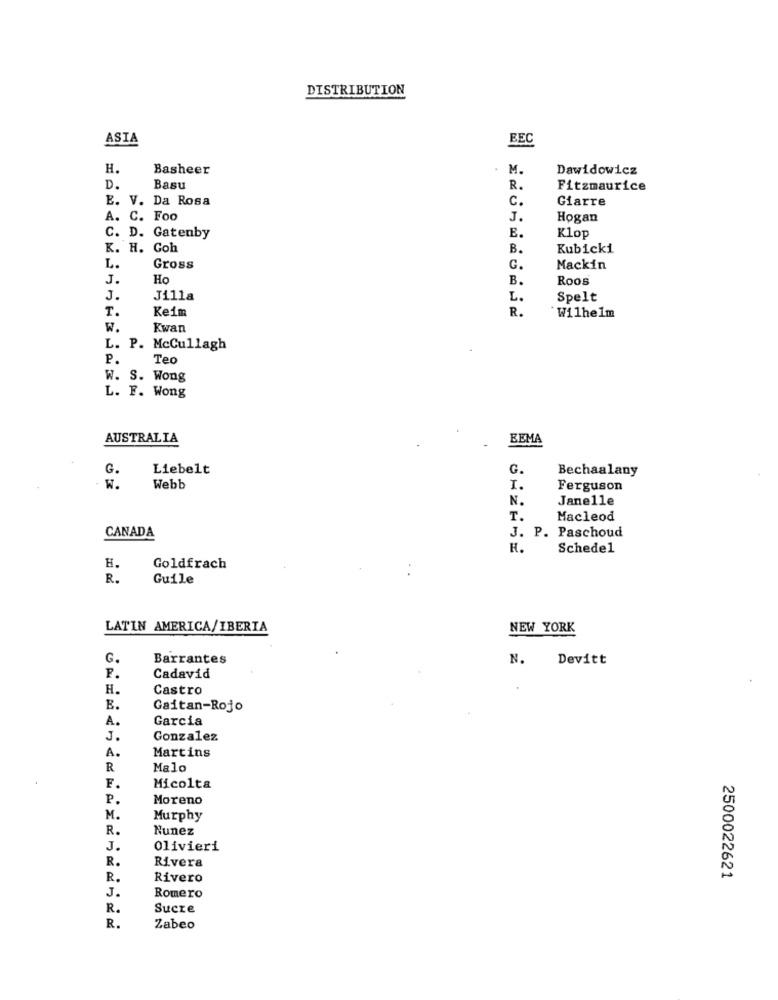
DISTRIBUTION
ASIA
EEC
H.
Basheer
M.
Dawidowicz
D.
Basu
R.
Fitzmaurice
E. V. Da Rosa
c.
Giarre
A. C. Foo
J.
Hogan
C. D. Gatenby
E.
Klop
K. H. Gob
B.
Kubicki
L.
Gross
G.
Mackin
J.
Ho
B.
Roos
J.
Jilla
L.
Spelt
T.
Keim
R.
Wilhelm
W.
Kwan
L. P. McCullagh
P.
Tec
W. S. Wong
L. F. Wong
AUSTRALIA
BEMA
G.
Liebelt
G.
Bechaalany
Webb
I.
Ferguson
N.
Janelle
T.
Macleod
CANADA
J. P. Paschoud
H.
Schedel
H.
Goldfrach
R.
Guile
LATIN AMERICA/IBERIA
NEW YORK
G.
Barrantes
N. Devitt
F.
Cadavid
H.
Castro
B.
Gaitan-Rojo
A.
Garcia
J.
Gonzalez
Martins
A.
R
Malo
F.
Micolta
P.
Moreno
M.
Murphy
R.
Nunez
J.
Olivieri
R.
Rivera
R.
Rivero
2500022621
J.
Romero
R.
Sucre
R.
Zabeo